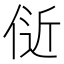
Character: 𬾞